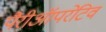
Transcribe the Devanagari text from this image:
पैरीऑपरेटिव